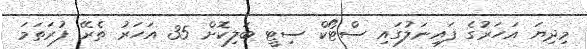
މިދިޔަ އަހަރުގެ ފައިނަލުގައި ސްޓޯކް ސިޓީ ބަލިކޮށް 35 އަހަރު ތެރޭ ފުރަތަމަ